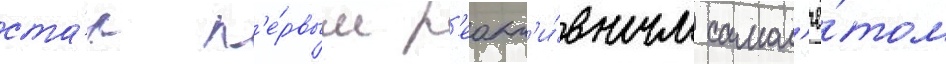
ста́л п'е́рвым р'еакт'и́вным самол'ё́том